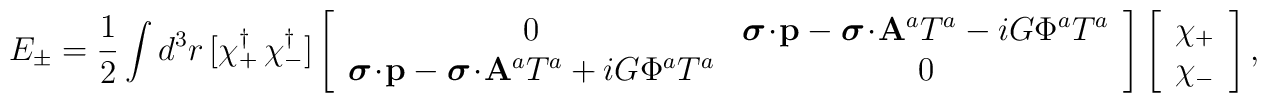
E_{\pm}=\frac{1}{2}\int d^{3}r\, [\chi^{\dag}_{+}\, \chi^{\dag}_{-}]\left[\begin{array}{cc}0 & \mbox{{\boldmath $\sigma$}}\!\cdot\!{\bf p}-\mbox{{\boldmath $\sigma$}}\!\cdot\!{\bf A}^{a}T^{a}-iG\Phi^{a}T^{a} \\\mbox{{\boldmath $\sigma$}}\!\cdot\!{\bf p}-\mbox{{\boldmath $\sigma$}}\!\cdot\!{\bf A}^{a}T^{a}+ iG\Phi^{a}T^{a} & 0 \\\end{array}\right]\left[\begin{array}{c}\chi_{+} \\\chi_{-}\end{array}\right],